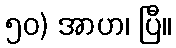
၅၀) အာဟ၊ ပြီ။